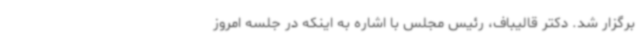
برگزار شد. دکتر قالیباف، رئیس مجلس با اشاره به اینکه در جلسه امروز